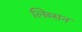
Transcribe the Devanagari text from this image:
लिब्सन